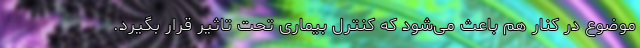
موضوع در کنار هم باعث می‌شود که کنترل بیماری تحت تاثیر قرار بگیرد.